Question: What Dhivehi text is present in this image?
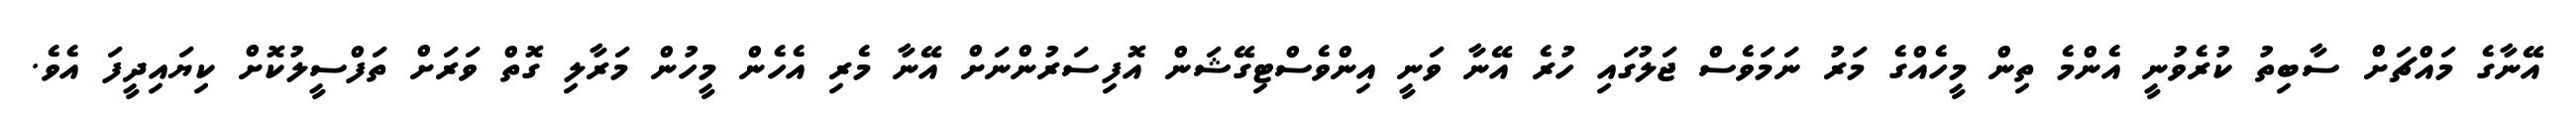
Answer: އޭނާގެ މައްޗަށް ސާބިތު ކުރެވުނީ އެންމެ ތިން މީހެއްގެ މަރު ނަމަވެސް ޖަލުގައި ހުރެ އޭނާ ވަނީ އިންވެސްޓިގޭޝަން އޮފިސަރުންނަށް އޭނާ މެރި އެހެން މީހުން މަރާލި ގޮތް ވަރަށް ތަފްސީލުކޮށް ކިޔައިދީފަ އެވެ.